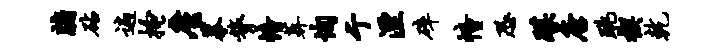
牖砧遍搔廑摹膂幢葬恂亍湮碎幢恐蹀唐跳楔乾